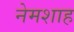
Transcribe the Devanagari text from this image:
नेमशाह